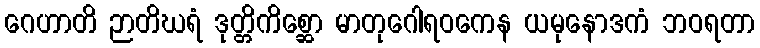
ဂေဟာတိ ဉာတိဃရံ ဒုတ္တိကိစ္ဆော မာတုဂေါရဝကေန ယမုနောဒကံ ဘဝရတာ